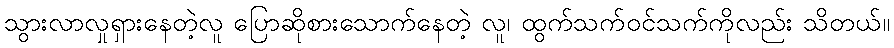
သွားလာလှုရှားနေတဲ့လူ ပြောဆိုစားသောက်နေတဲ့ လူ၊ ထွက်သက်ဝင်သက်ကိုလည်း သိတယ်။